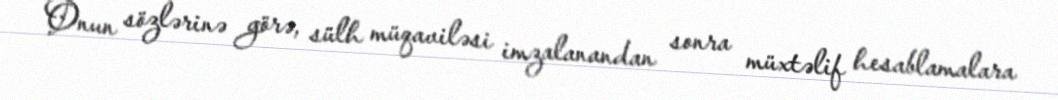
Onun sözlərinə görə, sülh müqaviləsi imzalanandan sonra müxtəlif hesablamalara